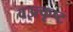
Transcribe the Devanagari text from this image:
वउत्कृष्ट